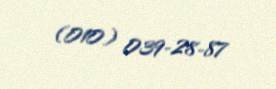
(010) 039-28-87